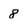
Character: 8